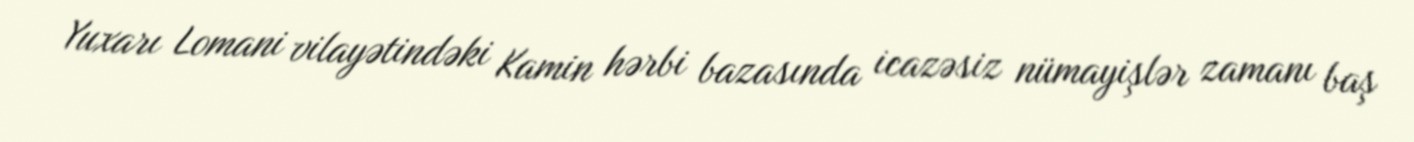
Yuxarı Lomani vilayətindəki Kamin hərbi bazasında icazəsiz nümayişlər zamanı baş